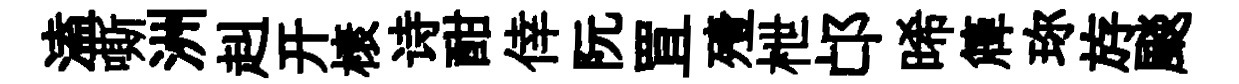
溘嘶洲赳开榱诗酣倖阮罝殪枻邙晞簰珎斿颷